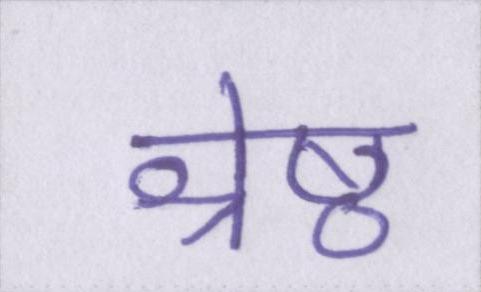
श्रेष्ठ